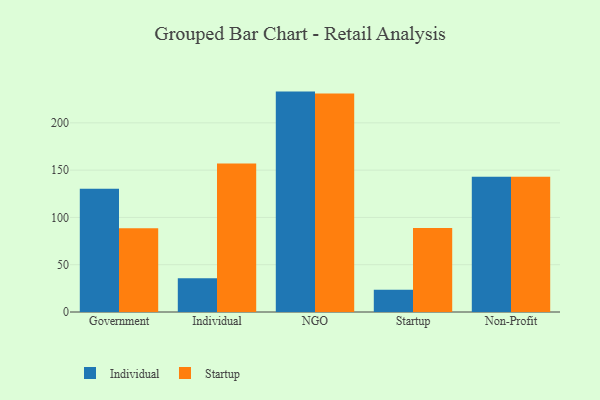
{"axis": {"x": "Segment", "y": "Temperature (°C)"}, "legend": ["Individual", "Startup"], "data": [{"x": "Government", "y": 130.2, "type": "Individual"}, {"x": "Government", "y": 88.5, "type": "Startup"}, {"x": "Individual", "y": 35.8, "type": "Individual"}, {"x": "Individual", "y": 157.0, "type": "Startup"}, {"x": "NGO", "y": 233.0, "type": "Individual"}, {"x": "NGO", "y": 231.1, "type": "Startup"}, {"x": "Startup", "y": 23.6, "type": "Individual"}, {"x": "Startup", "y": 88.7, "type": "Startup"}, {"x": "Non-Profit", "y": 143.1, "type": "Individual"}, {"x": "Non-Profit", "y": 142.9, "type": "Startup"}]}